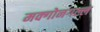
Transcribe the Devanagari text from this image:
मक्गोनगल्ल